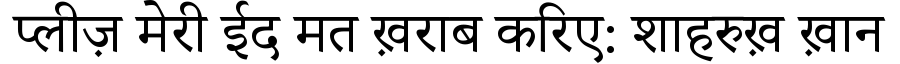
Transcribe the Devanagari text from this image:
प्लीज़ मेरी ईद मत ख़राब करिए: शाहरुख़ ख़ान